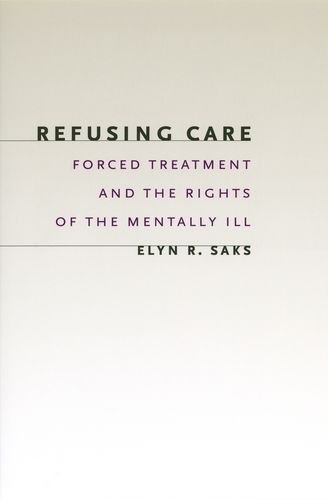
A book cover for Refusing Care: Forced Treatment and the Rights of the Mentally Ill; Elyn R. Saks; Medical Books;